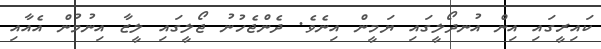
ކައިރީގައި އިން އުނދޯލީގައި ޔަމީން އިނެވެ. ދެންޖެހުނު ޖޯލީގައި ލީޒާ އިނުމުން އެއާއި